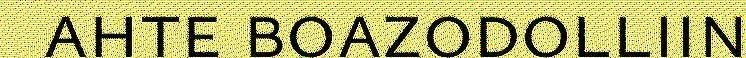
ahte boazodolliin